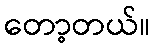
တော့တယ်။